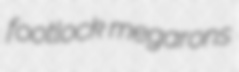
footlock megarons